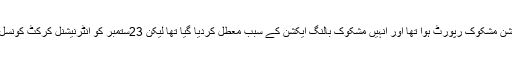
یاد رہے کہ رواں سال ورلڈ ٹی ٹوئنٹی میں عرفات سنی کا ایکشن مشکوک رپورٹ ہوا تھا اور انہیں مشکوک بالنگ ایکشن کے سبب معطل کردیا گیا تھا لیکن 23ستمبر کو انٹرنیشنل کرکٹ کونسل نے ایکشن کلیئر کرتے ہوئے بالنگ کی اجازت دے دی تھی۔